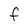
Character: F